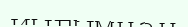
иығымнан